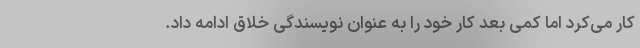
کار می‌کرد اما کمی بعد کار خود را به عنوان نویسندگی خلاق ادامه داد.